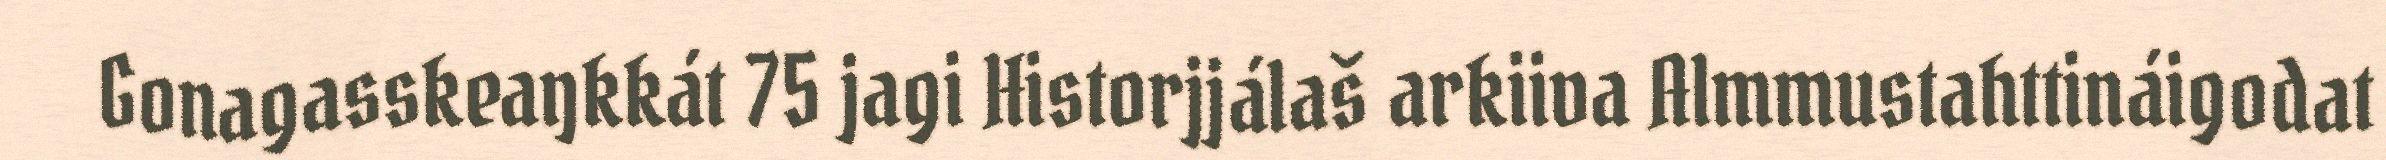
Gonagasskeaŋkkát 75 jagi Historjjálaš arkiiva Almmustahttináigodat